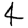
Digit: 4